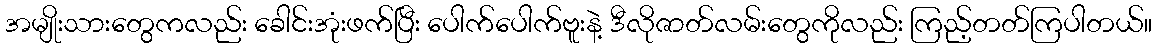
အမျိုးသားတွေကလည်း ခေါင်းအုံးဖက်ပြီး ပေါက်ပေါက်ဗူးနဲ့ ဒီလိုဇာတ်လမ်းတွေကိုလည်း ကြည့်တတ်ကြပါတယ်။